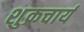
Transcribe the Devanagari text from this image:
शुक्रचार्य